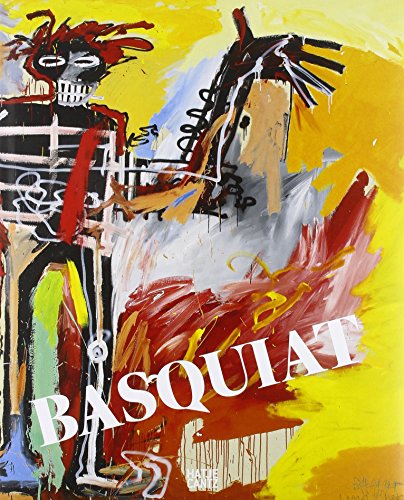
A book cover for Jean-Michel Basquiat; Dieter Buchhart; Arts & Photography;